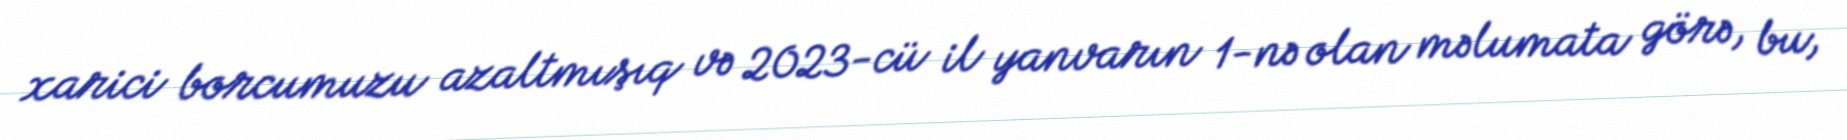
xarici borcumuzu azaltmışıq və 2023-cü il yanvarın 1-nə olan məlumata görə, bu,